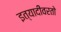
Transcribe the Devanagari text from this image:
इत्यादींवरतो